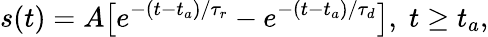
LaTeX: s(t)=A\big[e^{-(t-t_{a})/\tau_{r}}-e^{-(t-t_{a})/\tau_{d}}\big],\; t\geq t_{a},